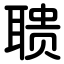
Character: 聩